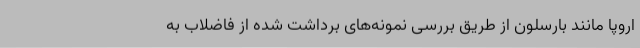
اروپا مانند بارسلون از طریق بررسی نمونه‌های برداشت شده از فاضلاب به